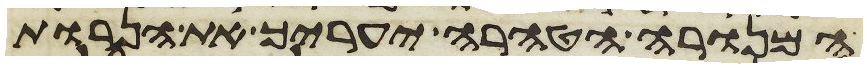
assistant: המנורה הטהרה יעריך את הנרות